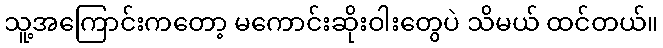
သူ့အကြောင်းကတော့ မကောင်းဆိုးဝါးတွေပဲ သိမယ် ထင်တယ်။